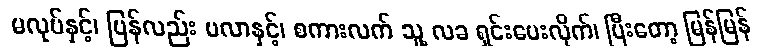
မလုပ်နှင့်၊ ပြန်လည်း မလာနှင့်၊ စကားလက် သူ့ လခ ရှင်းပေးလိုက်၊ ပြီးတော့ မြန်မြန်